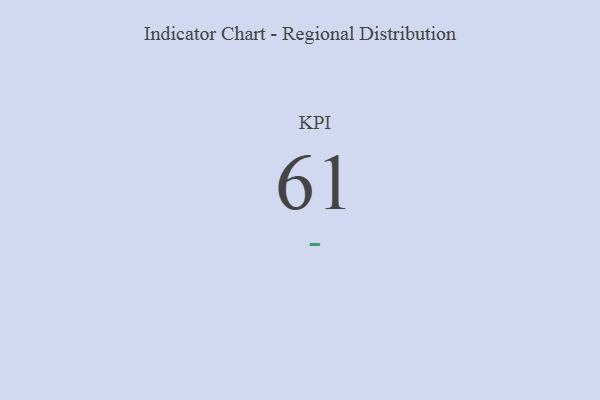
{"axis": {"x": "KPI", "y": "Value"}, "legend": [""], "data": [{"x": "KPI", "y": 61, "type": ""}]}